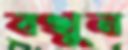
বখুন